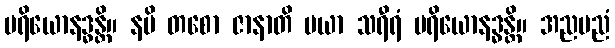
ပရိယောနဒ္ဓန္တိ။ နပိ တစော ဇာနာတိ မယာ သရီရံ ပရိယောနဒ္ဓန္တိ။ အညမညံ